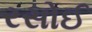
રસોઈ